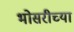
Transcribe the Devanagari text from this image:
भोसरीच्या